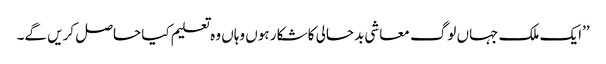
’’ایک ملک جہاں لوگ معاشی بدحالی کا شکار ہوں وہاں وہ تعلیم کیا حاصل کریں گے۔